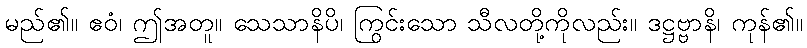
မည်၏။ ဧဝံ၊ ဤအတူ။ သေသာနိပိ၊ ကြွင်းသော သီလတို့ကိုလည်း။ ဒဋ္ဌဗ္ဗာနိ၊ ကုန်၏။